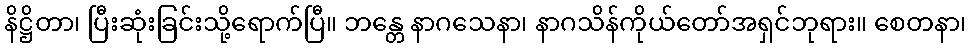
နိဋ္ဌိတာ၊ ပြီးဆုံးခြင်းသို့ရောက်ပြီ။ ဘန္တေ နာဂသေနာ၊ နာဂသိန်ကိုယ်တော်အရှင်ဘုရား။ စေတနာ၊